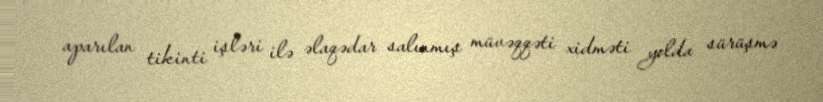
aparılan tikinti işləri ilə əlaqədar salınmış müvəqqəti xidməti yolda sürüşmə